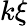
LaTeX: k\xi